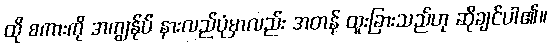
ထို စကားကို အကျွန်ုပ် နားလည်ပုံမှာလည်း အတန် ထူးခြားသည်ဟု ဆိုချင်ပါ၏။